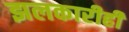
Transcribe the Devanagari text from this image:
झलकारीही